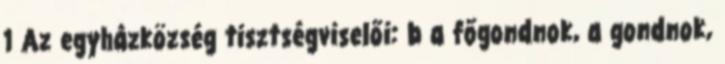
1 Az egyházközség tisztségviselői: b a főgondnok, a gondnok,